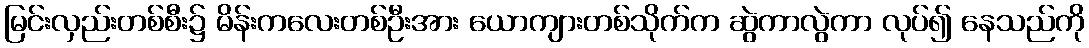
မြင်းလှည်းတစ်စီး၌ မိန်းကလေးတစ်ဦးအား ယောကျားတစ်သိုက်က ဆွဲကာလွဲကာ လုပ်၍ နေသည်ကို